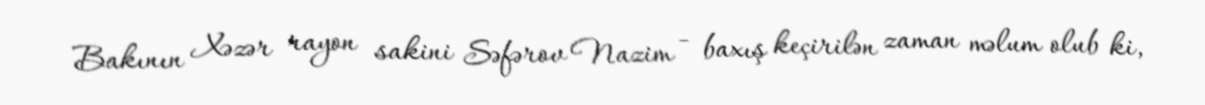
Bakının Xəzər rayon sakini Səfərov Nazim - baxış keçirilən zaman məlum olub ki,